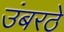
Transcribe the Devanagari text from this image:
उंबरठे